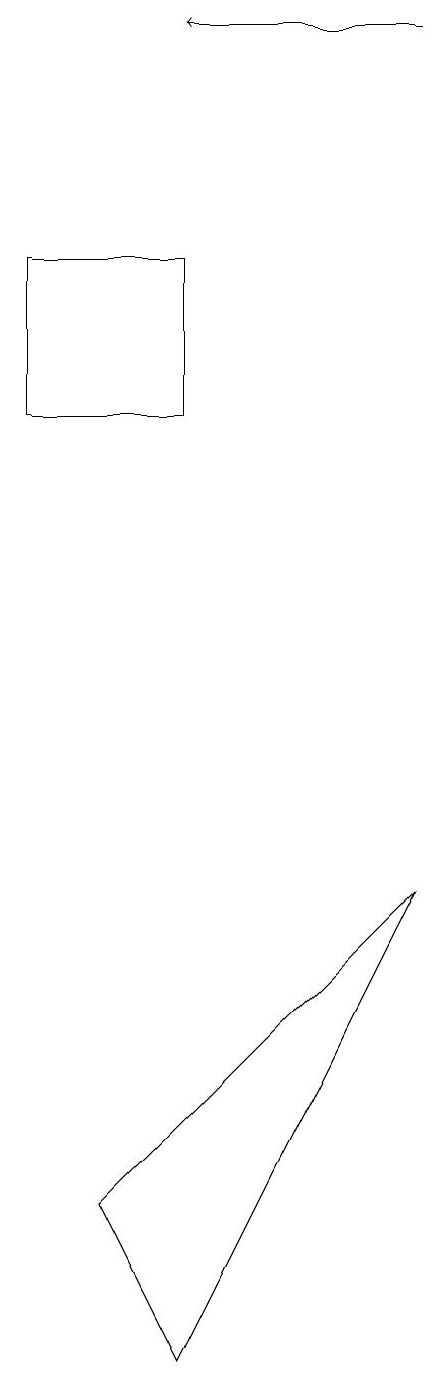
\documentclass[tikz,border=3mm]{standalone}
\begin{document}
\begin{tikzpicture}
\draw[->] (9,18) -- (6,18);
\draw (6,1) -- (9,7) -- (5,3) -- cycle;
\draw (6,13) rectangle (4,15);
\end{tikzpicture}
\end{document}